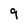
Character: 9